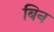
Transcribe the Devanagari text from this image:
बिन